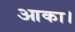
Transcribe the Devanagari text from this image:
आका।